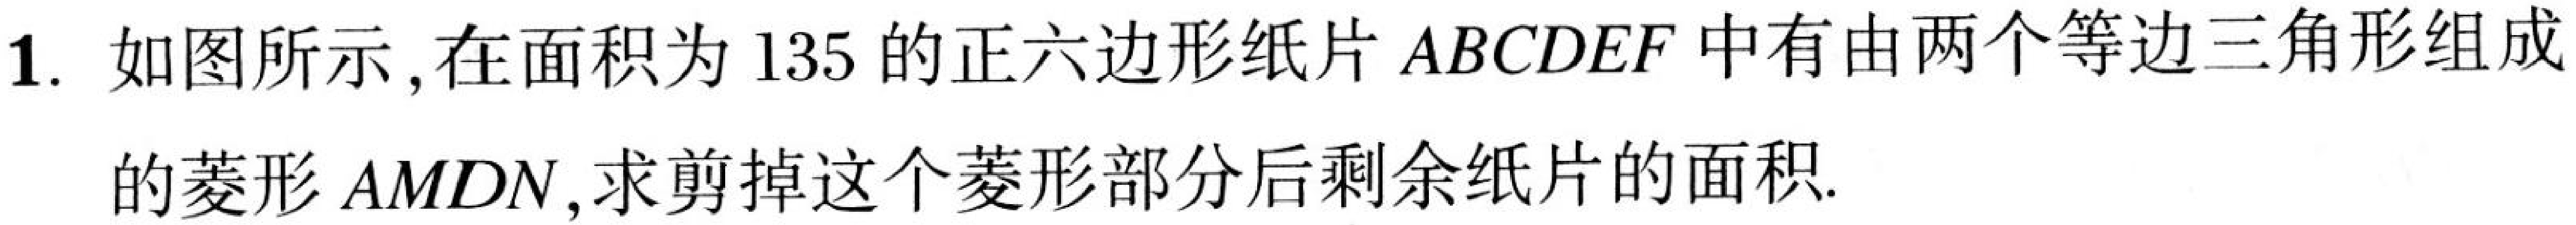
1. 如图所示，在面积为$135$的正六边形纸片$ABCDEF$中有由两个等边三角形组成
的菱形$AMDN$，求剪掉这个菱形部分后剩余纸片的面积.